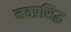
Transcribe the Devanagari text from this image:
नवप्रसिद्ध